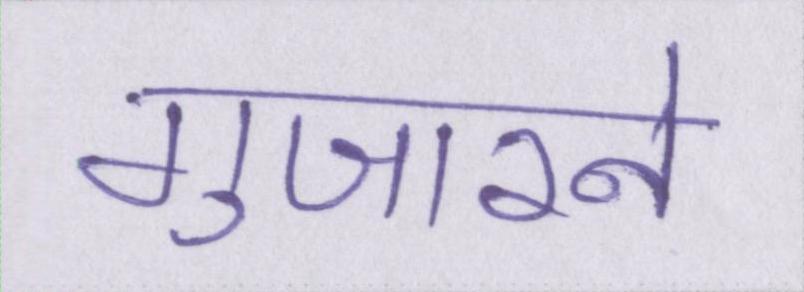
गुजारने